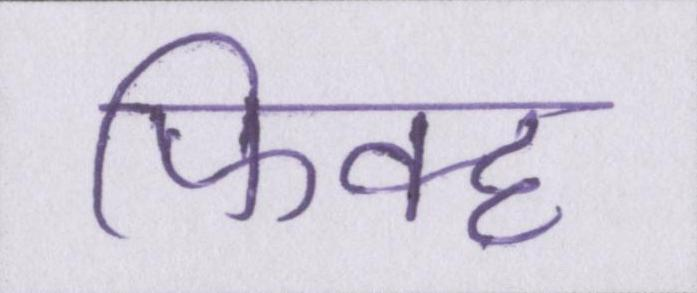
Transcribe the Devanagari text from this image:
फिक्ह